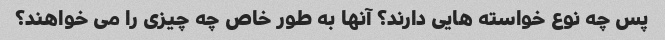
پس چه نوع خواسته هایی دارند؟ آنها به طور خاص چه چیزی را می خواهند؟